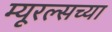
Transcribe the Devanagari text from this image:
म्यूरल्सच्या